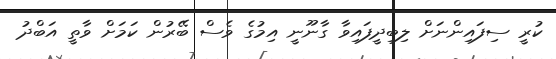
ކުރީ ސިފައިންނަށް ލިބިދީފައިވާ ގާނޫނީ އިމުގެ ވެސް ބޭރުން ކަމަށް ވާތީ އަބްދު